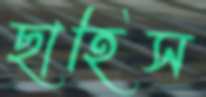
ছাহিস